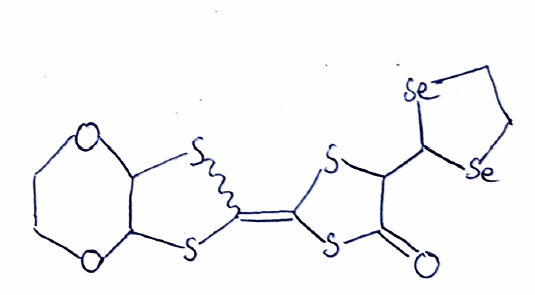
Simplified molecular-input line-entry system (SMILES) notation of the given molecule:
C1COC2C(O1)SC(=C3SC(C(=O)S3)C4[Se]CC[Se]4)S2